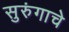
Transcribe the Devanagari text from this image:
सुरुंगाचे